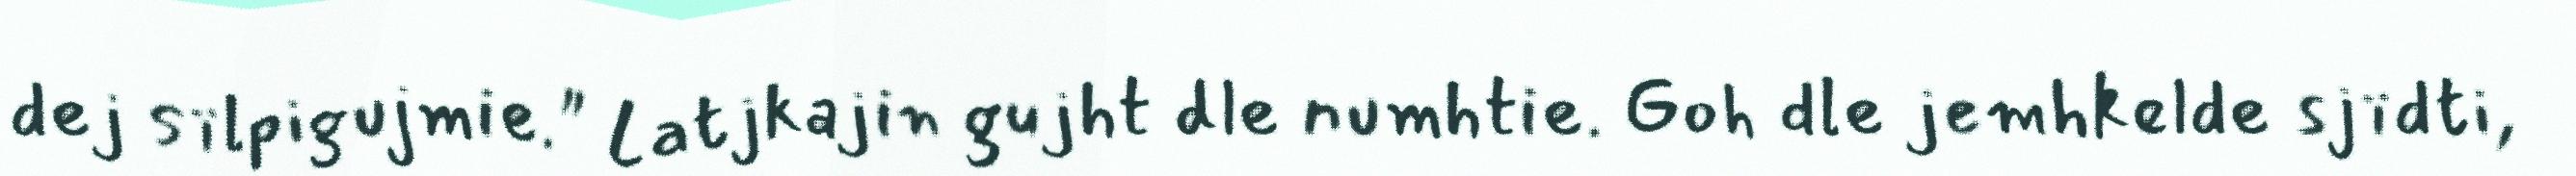
dej sïlpigujmie." Latjkajin gujht dle numhtie. Goh dle jemhkelde sjïdti,